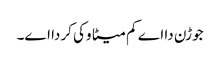
جوڑن دا اے کم میٹا وکی کردا اے۔